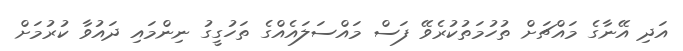
އަދި އޭނާގެ މައްޗަށް ތުހުމަތުކުރެވޭ ފަސް މައްސަލައެއްގެ ތަހުގީގު ނިންމައި ދައުވާ ކުރުމަށް